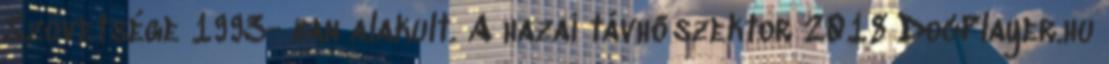
Szövetsége 1993- ban alakult. A hazai távhőszektor 2018 DocPlayer.hu